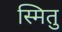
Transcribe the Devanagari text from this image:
स्मितु